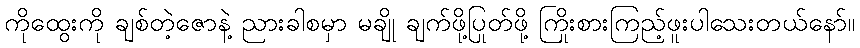
ကိုထွေးကို ချစ်တဲ့ဇောနဲ့ ညားခါစမှာ မချို ချက်ဖို့ပြုတ်ဖို့ ကြိုးစားကြည့်ဖူးပါသေးတယ်နော်။